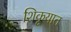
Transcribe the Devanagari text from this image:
शिकूयात